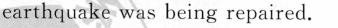
earthquake was being repaired.